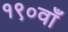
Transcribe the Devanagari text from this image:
१९०वाँ